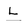
Character: L